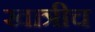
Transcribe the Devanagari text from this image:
खात्रीच